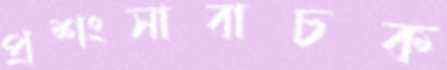
প্রশংসাবাচক